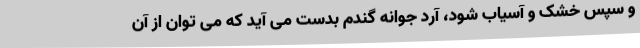
و سپس خشک و آسیاب شود، آرد جوانه گندم بدست می آید که می توان از آن